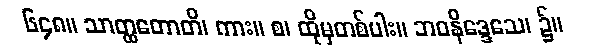
၆၄၈။ သာတ္ထတောတိ၊ ကား။ စ၊ ထိုမှတစ်ပါး။ ဘဝနိဒ္ဒေသေ၊ ၌။